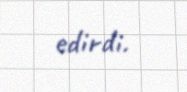
edirdi.